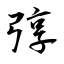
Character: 弴